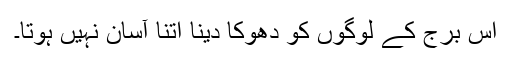
اس برج کے لوگوں کو دھوکا دینا اتنا آسان نہیں ہوتا۔